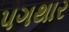
પગથાર